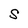
Character: S